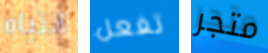
انتباه تفعل متجر